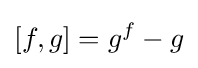
[f,g]=g^{f}-g